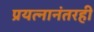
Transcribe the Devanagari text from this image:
प्रयत्नानंतरही